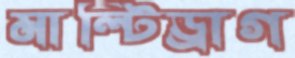
মাল্টিড্রাগ